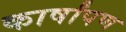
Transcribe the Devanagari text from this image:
कार्षांपण